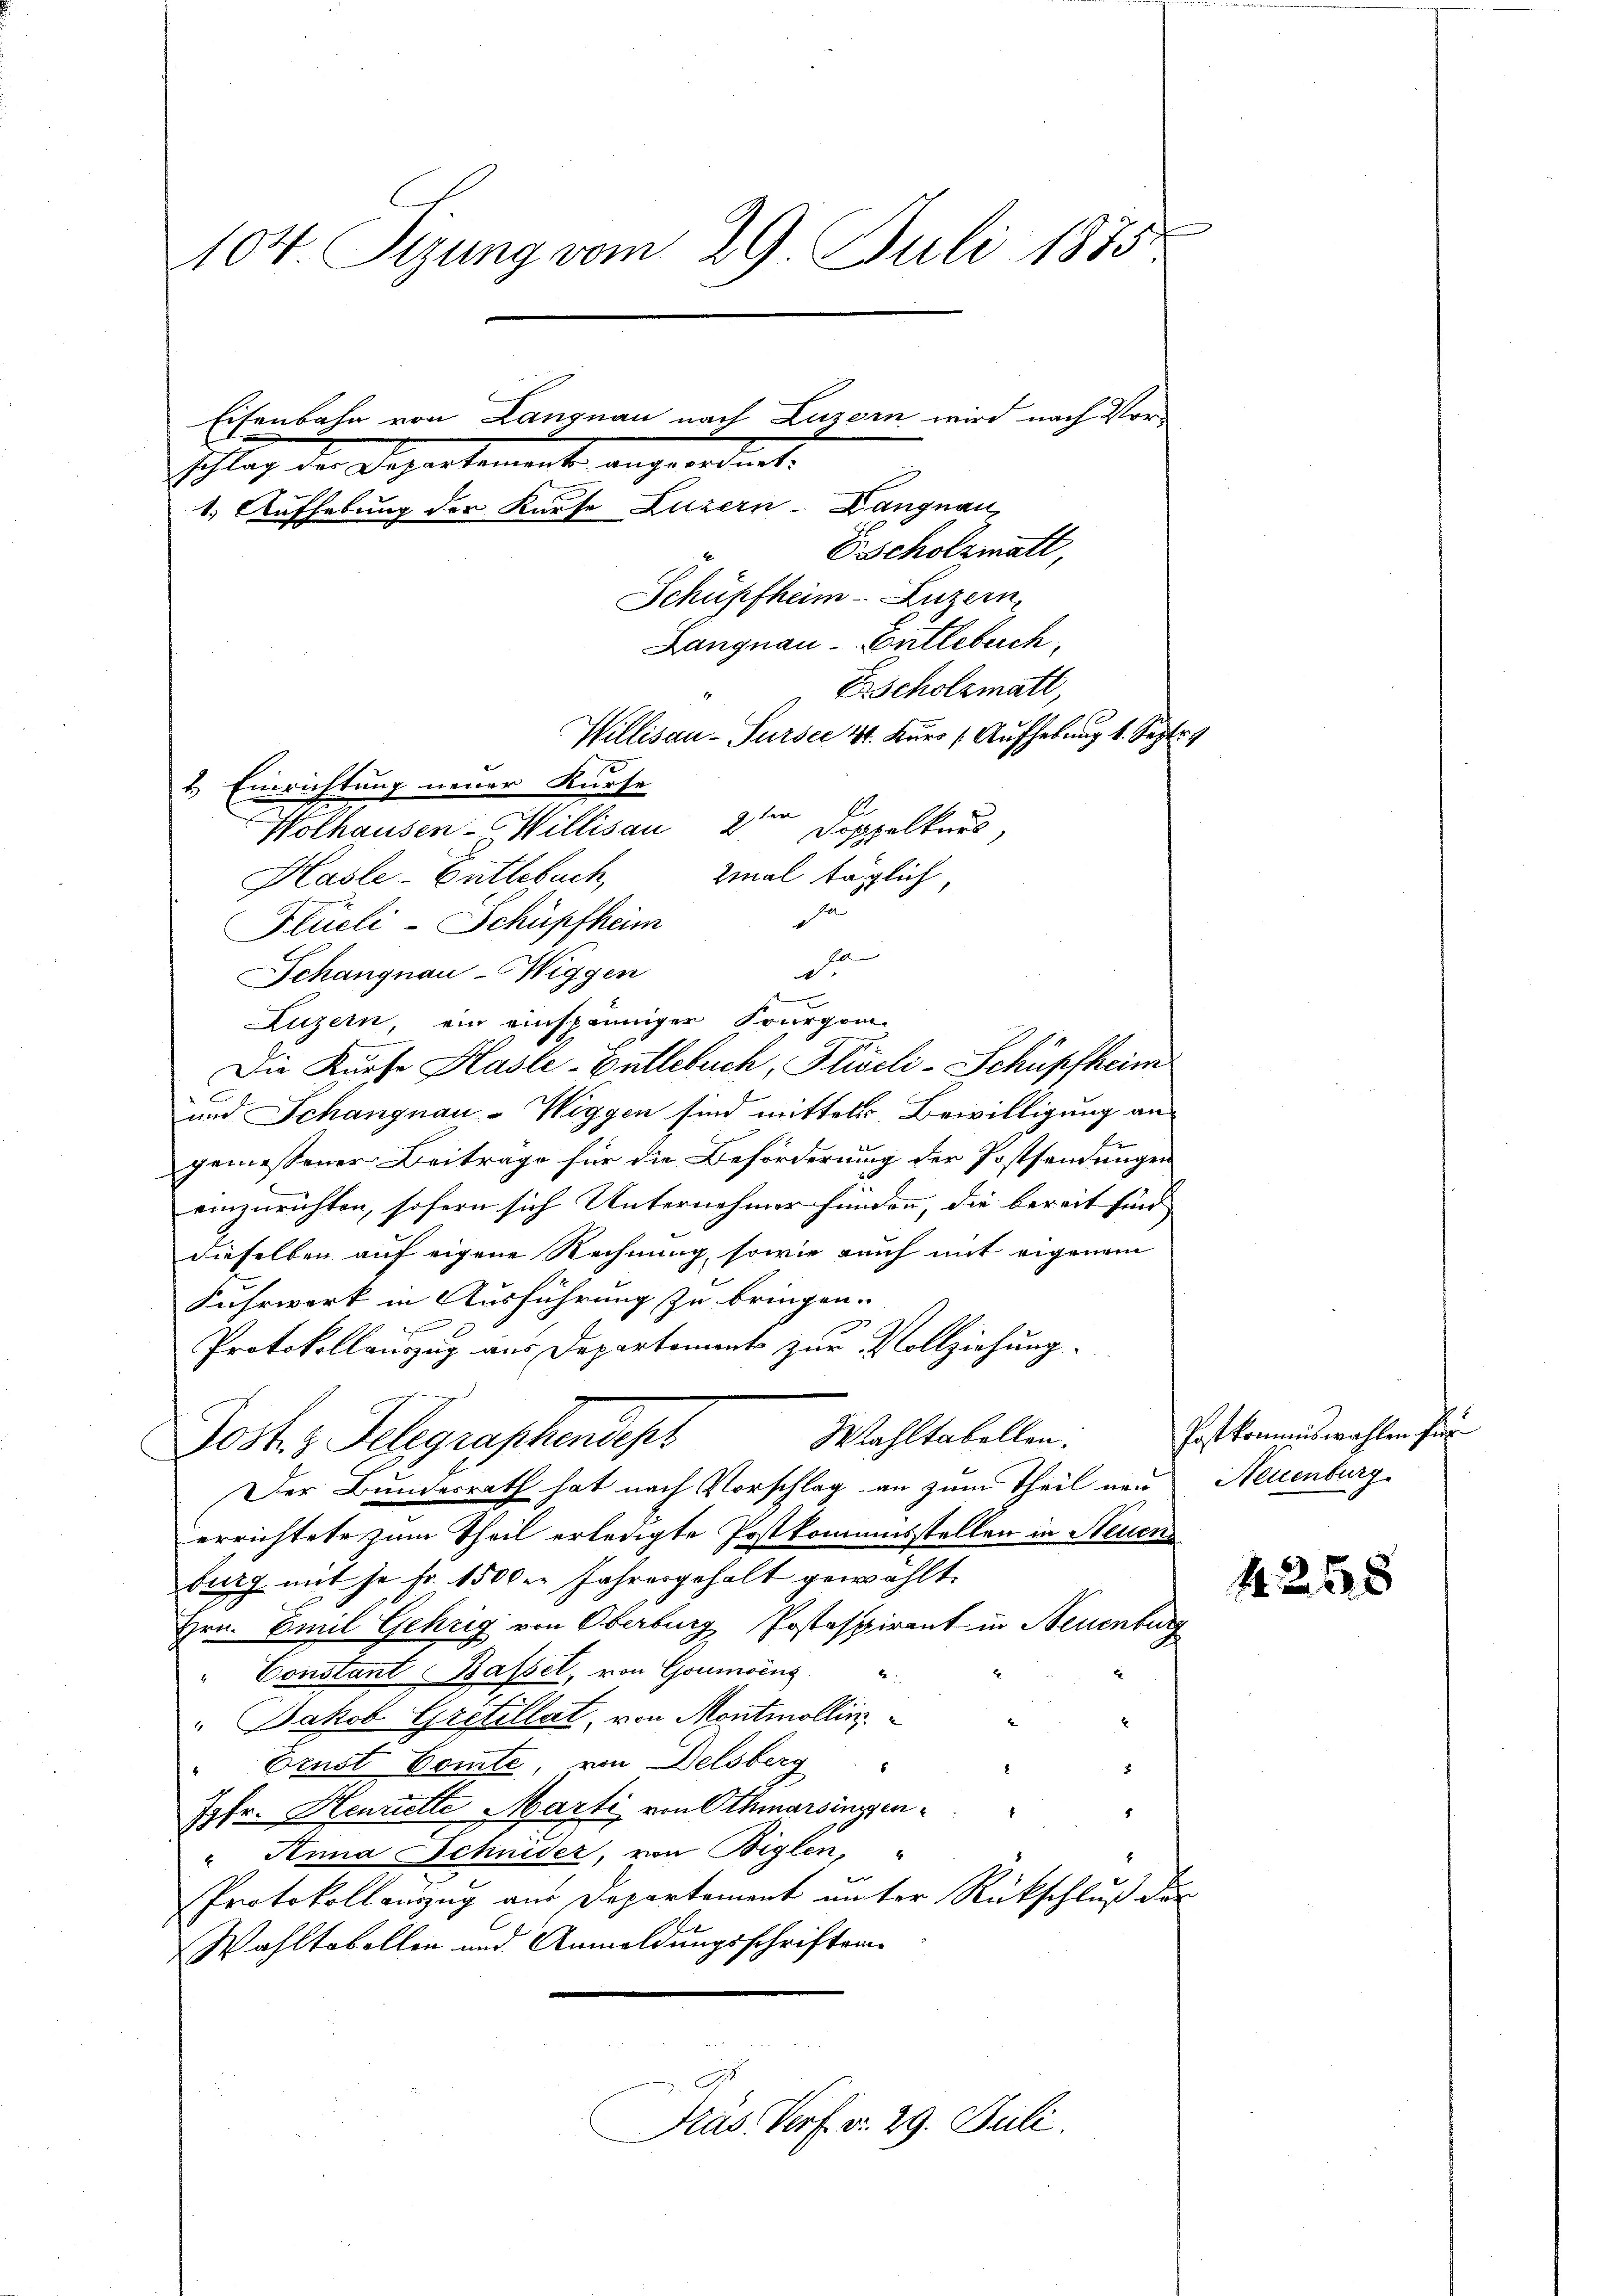
104. Sizung vom 29. Juli 1885
Eisenbahn von Langnau nach Luzern wird nach Vor-
schlag der Departemente angeordnet.
1.) Aufhebung der Kurse Luzern Langnau
E scholzmatt,
Schüpfheim-Luzern,
Langnau-Entlebuch
Zscholzmatt,
10
Willisau-Pürser 4t. Kurs /: Aufhebung 1. Septe
1. Einrichtung neuer Kurse
A
Wolhausen-Willisau 2ter Doppelkurs,
zmal täglich,
Hasle-Entlebuch
a
Flucli-Schüpfheim

Jos. z. Telegraphendepr

Schangnau-Wiggen
Luzern, ein einspänniger Fourgon-
Die Kurfe Hasle-Entlebuch, Pliscli-Schüpfheim
und Schangnau - Wiggen sind mittels Bewilligung an
gemessener Beitrage für die Beförderung der Postsendungen
einzurichten, sofern sich Unternehmer funden, die bereit sind
dieselben auf eigene Rechnung, sowie reich mit eigenem
Fuhrwert in Ausführung zu bringen.
Protokollauszug aus Departement zur Vollziehung.
Wahltabellen.
Der Bundesrath hat nach Vorschlag an zum Theil neu
errichtete zum Theil erledigte Postkommisstellen in Steuers
burg mit je Fr. 1500er Jahresgehalt gewählt.
Hrn. Emil Gehrig von Oberbung Postaspirant in Neuenburg
" Constant Bassel, von Goumoins.
 Jakob Gretillat, von Montmollin.
Brust Comte, von Delsberg
Jgfr. Henriette Marti von Othmarsingen " "
" Anna Schnider, von Biglen, "
Protokoll auszug aus Departement unter Rückschluß der
Wahltobellen und Anmeldungsschriften
Präs. Verf. v. 29. Juli.

70.
d
x

Postkommiswahlen für
Neuenburg.

44. 22